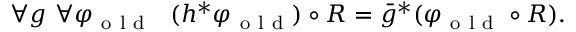
\begin{array} { r } { \forall g \ \forall \varphi _ { \mathrm { ~ o ~ l ~ d ~ } } \ \ ( h ^ { * } \varphi _ { \mathrm { ~ o ~ l ~ d ~ } } ) \circ R = \bar { g } ^ { * } ( \varphi _ { \mathrm { ~ o ~ l ~ d ~ } } \circ R ) . } \end{array}